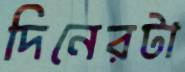
দিনেরটা